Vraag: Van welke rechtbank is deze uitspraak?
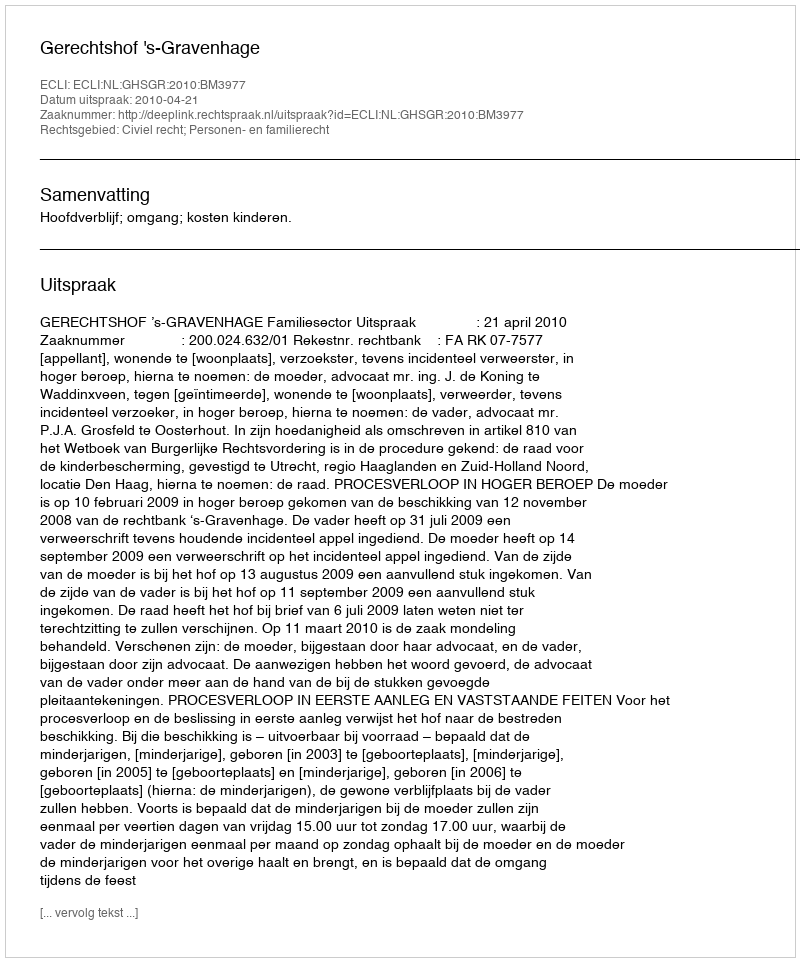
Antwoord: Gerechtshof 's-Gravenhage